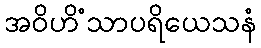
အဝိဟိံသာပရိယေသနံ